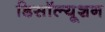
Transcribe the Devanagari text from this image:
डिसॉल्यूशन